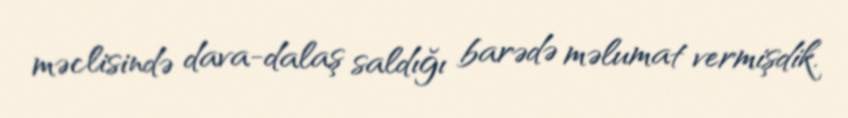
məclisində dava-dalaş saldığı barədə məlumat vermişdik.